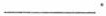
___.